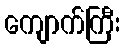
ကျောက်ကြီး